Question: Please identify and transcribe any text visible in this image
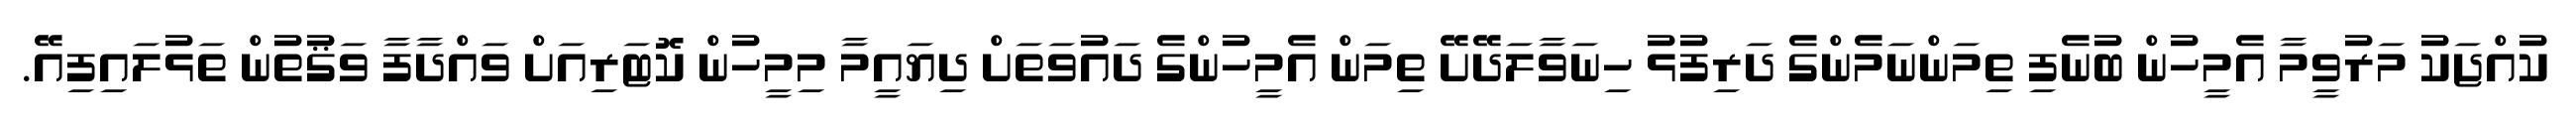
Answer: ކުއްޖަކު މަރުވީމާ އެމީހުން ބުނެފި ތިމަންނަމެންގެ ދަރިފުޅު ހިނަވާލަދޭށޭ ތިމަން އެމީހުންގެ ދައުވަތަށް ދިޔައީމާ މިމީހުން ކޮޓަރިއަށް ވައްދާފާ ވަޤުތުން ތަޅުލައިފިއޭ.